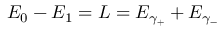
E _ { 0 } - E _ { 1 } = L = E _ { \gamma _ { + } } + E _ { \gamma _ { - } }